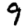
Digit: 9